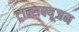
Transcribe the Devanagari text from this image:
ट्रान्सफ्यूजन